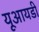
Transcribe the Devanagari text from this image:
यूआयडी